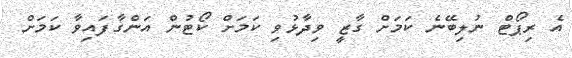
އެ ރިޕޯޓް ނުލިބޭނެ ކަމަށް ގާޒީ ވިދާޅުވި ކަމަށް ކޯޓުން އަންގާފައިވާ ކަމަށް